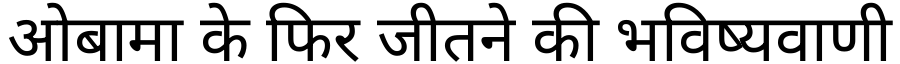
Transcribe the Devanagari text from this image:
ओबामा के फिर जीतने की भविष्यवाणी